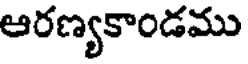
ఆరణ్యకాండము